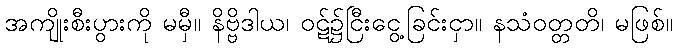
အကျိုးစီးပွားကို မမှီ။ နိဗ္ဗိဒါယ၊ ဝဋ်၌ငြီးငွေ့ခြင်းငှာ။ နသံဝတ္တတိ၊ မဖြစ်။